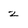
Character: z